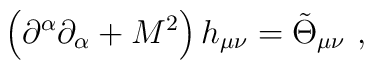
\left( \partial ^{\alpha }\partial _{\alpha }+M^{2}\right) h_{\mu \nu }=\tilde{\Theta}_{\mu \nu }\,\,,